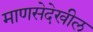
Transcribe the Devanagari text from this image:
माणसेदेखील